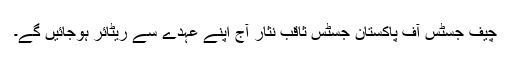
چیف جسٹس آف پاکستان جسٹس ثاقب نثار آج اپنے عہدے سے ریٹائر ہوجائیں گے۔